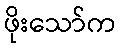
ဖိုးသော်က